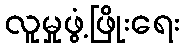
လူမှုဖွံ့ဖြိုးရေး